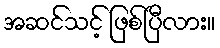
အဆင်သင့် ဖြစ်ပြီလား။